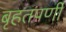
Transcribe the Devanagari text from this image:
बृहतपर्णी